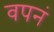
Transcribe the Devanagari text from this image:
वपनं